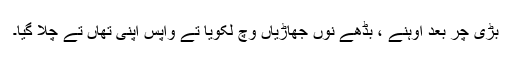
بڑی چر بعد اوہنے ، بڈھے نوں جھاڑیاں وچ لکویا تے واپس اپنی تھاں تے چلا گیا۔